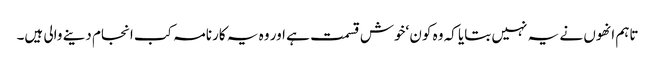
تاہم انھوں نے یہ نہیں بتایا کہ وہ کون ‘خوش قسمت ہے اور وہ یہ کارنامہ کب انجام دینے والی ہیں۔